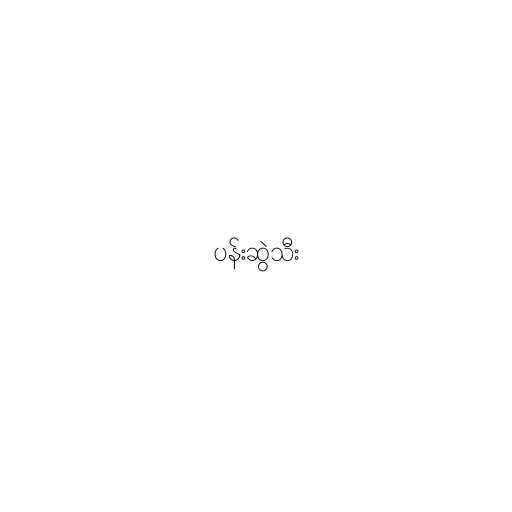
ပန်းဆွဲသီး